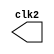
module clock2 (
    output reg clk2
    );

    initial clk2 = 0;

    always #1 clk2 = ~clk2;
endmodule